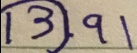
\textcircled { 1 3 } . 9 1